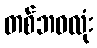
တစ်ဘဝလုံး